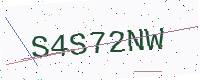
Text: S4S72NW